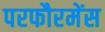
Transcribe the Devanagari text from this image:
परफौरमेंस